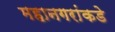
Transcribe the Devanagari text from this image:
महानगरांकडे